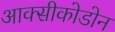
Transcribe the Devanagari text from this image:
आक्सीकोडोन